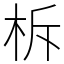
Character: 柝